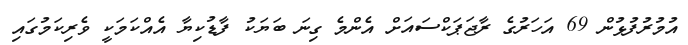
އުމުރުފުޅުން 69 އަހަރުގެ ރާޖަޕަކްސައަށް އެންމެ ގިނަ ބަޔަކު ފާޑުކިޔާ އެއްކަމަކީ ވެރިކަމުގައި